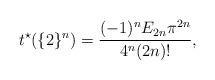
LaTeX: \begin{align*}t^{\star}(\{2\}^n)=\frac{(-1)^nE_{2n}\pi^{2n}}{4^n(2n)!},\end{align*}